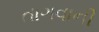
તાગવાની